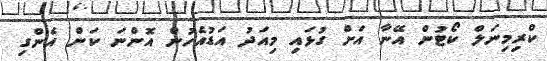
ކްރިމިނަލް ކޯޓުން އޭނާ އަށް ގުޅައި މިއަދު އަޑުއެހުން އޮންނަ ކަން އެންގި